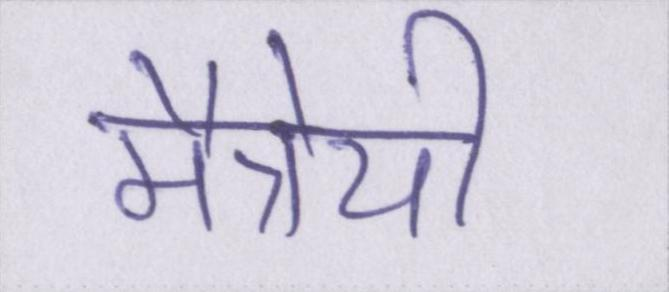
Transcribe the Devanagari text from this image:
मैत्रेयी